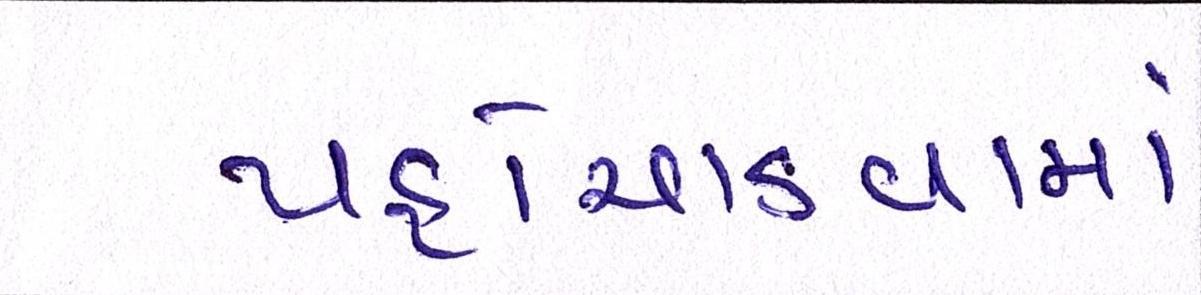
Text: પહોંચાડવામાં